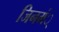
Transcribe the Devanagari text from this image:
जिनमं्